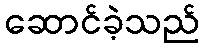
ဆောင်ခဲ့သည်